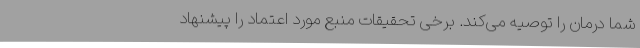
شما درمان را توصیه می‌کند. برخی تحقیقات منبع مورد اعتماد را پیشنهاد